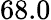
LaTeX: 68.0